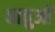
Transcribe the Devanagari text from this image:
धातुआें